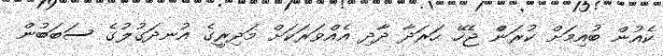
ކެއުން ބުއިމަށް ކުރަންް ޖެހޭ ހަރަދާ ދާދި އެއްވަރަކަށް މަދިރީގެެ އުނދަގުލުގެ ސަބަބުން